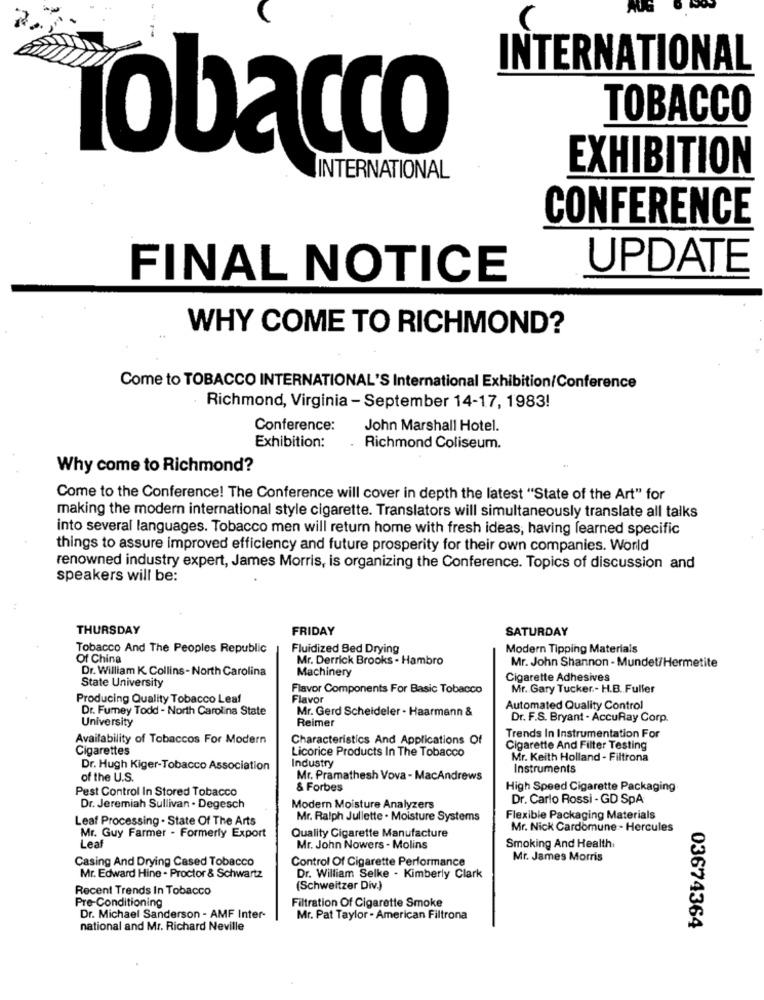
INTERNATIONAL
TOBACCO
Tobacco
EXHIBITION
INTERNATIONAL
CONFERENCE
UPDATE
FINAL NOTICE
WHY COME TO RICHMOND?
Come to TOBACCO INTERNATIONAL'S International Exhibition/Conference
Richmond, Virginia - September 14-17, 1983!
Conference:
John Marshall Hotel.
Exhibition:
Richmond Coliseum.
Why come to Richmond?
Come to the Conference! The Conference will cover in depth the latest "State of the Art" for
making the modern international style cigarette. Translators will simultaneously translate all talks
into several languages. Tobacco men will return home with fresh ideas, having learned specific
things to assure improved efficiency and future prosperity for their own companies. World
renowned industry expert, James Morris, is organizing the Conference. Topics of discussion and
speakers will be:
THURSDAY
FRIDAY
SATURDAY
Tobacco And The Peoples Republic
Fluidized Bed Drying
Modern Tipping Materials
Of China
Mr. Derrick Brooks - Hambro
Dr. William K. Collins- North Carolina
Machinery
Mr. John Shannon - Mundet/Hermetite
Cigarette Adhesives
State University
Flavor Components For Basic Tobacco
Mr. Gary Tucker .- H.B. Fuller
Producing Quality Tobacco Leaf
Flavor
Dr. Fumey Todd - North Carolina State
Mr. Gerd Scheideler . Haarmann &
Automated Quality Control
University
Reimer
Dr. F.S. Bryant . AccuRay Corp.
Availability of Tobaccos For Modern
Characteristics And Applications Of
Trends In Instrumentation For
Cigarettes
Licorice Products In The Tobacco
Cigarette And Filter Testing
Industry
Mr. Keith Holland - Filtrona
Dr. Hugh Kiger-Tobacco Association
Instruments
of the U.S.
Mr. Pramathesh Vova - MacAndrews
Pest Control In Stored Tobacco
& Forbes
High Speed Cigarette Packaging
Dr. Carlo Rossi - GD SpA
Dr. Jeremiah Sullivan . Degesch
Modern Moisture Analyzers
Leaf Processing . State Of The Arts
Mr. Ralph Juliette . Moisture Systems
Flexible Packaging Materials
Quality Cigarette Manufacture
Mr. Nick Cardomune - Hercules
Mr. Guy Farmer . Formerly Export
Leaf
Mr. John Nowers - Molins
Smoking And Health,
Casing And Drying Cased Tobacco
Control Of Cigarette Performance
Mr. James Morris
Mr. Edward Hine - Proctor & Schwartz
Dr. William Selke . Kimberly Clark
Recent Trends In Tobacco
(Schweitzer Div.)
Pre-Conditioning
Filtration Of Cigarette Smoke
Dr. Michael Sanderson - AMF Inter-
Mr. Pat Taylor - American Filtrona
national and Mr. Richard Neville
03674364